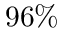
9 6 \%